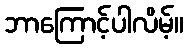
ဘာကြောင့်ပါလိမ့်။